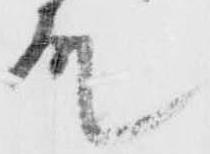
殿